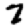
Digit: 7